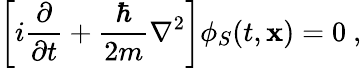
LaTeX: \left[i{\frac{\partial}{\partial t}}+\frac{\hbar}{2m}\nabla^{2}\right]\phi_{S}(t,\mathbf{x})=0\ ,